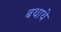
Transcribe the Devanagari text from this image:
बथाथे